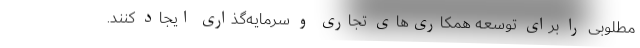
مطلوبی را برای توسعه همکاری‌های تجاری و سرمایه‌گذاری ایجاد کنند.